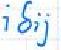
$i \delta_{ij}$